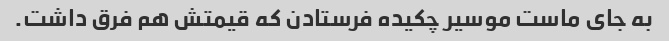
به جای ماست موسیر چکیده فرستادن که قیمتش هم فرق داشت.